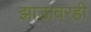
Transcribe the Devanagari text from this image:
झाडावरही